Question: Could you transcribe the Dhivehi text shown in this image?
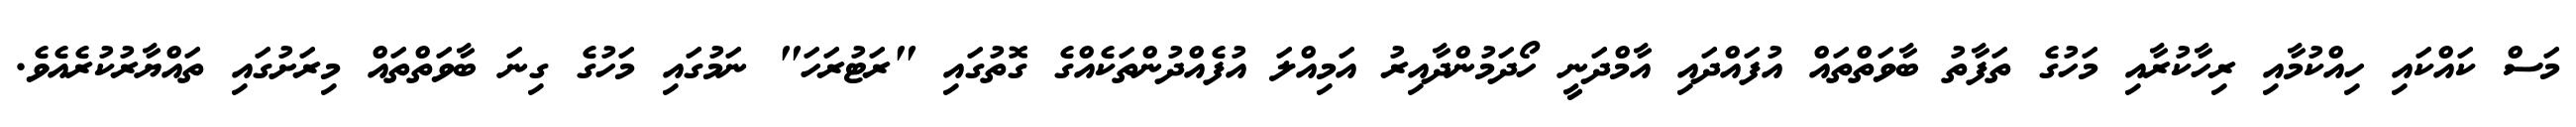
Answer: މަސް ކައްކައި ހިއްކުމާއި ރިހާކުރާއި މަހުގެ ތަފާތު ބާވަތްތައް އުފައްދައި އާމްދަނީ ހޯދަމުންދާއިރު އަމިއްލަ އުފެއްދުންތަކެއްގެ ގޮތުގައި "ރަޓުރަހަ" ނަމުގައި މަހުގެ ގިނަ ބާވަތްތައް މިރަށުގައި ތައްޔާރުކުރެއެވެ.